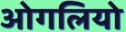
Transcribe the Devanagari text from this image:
ओगलियो